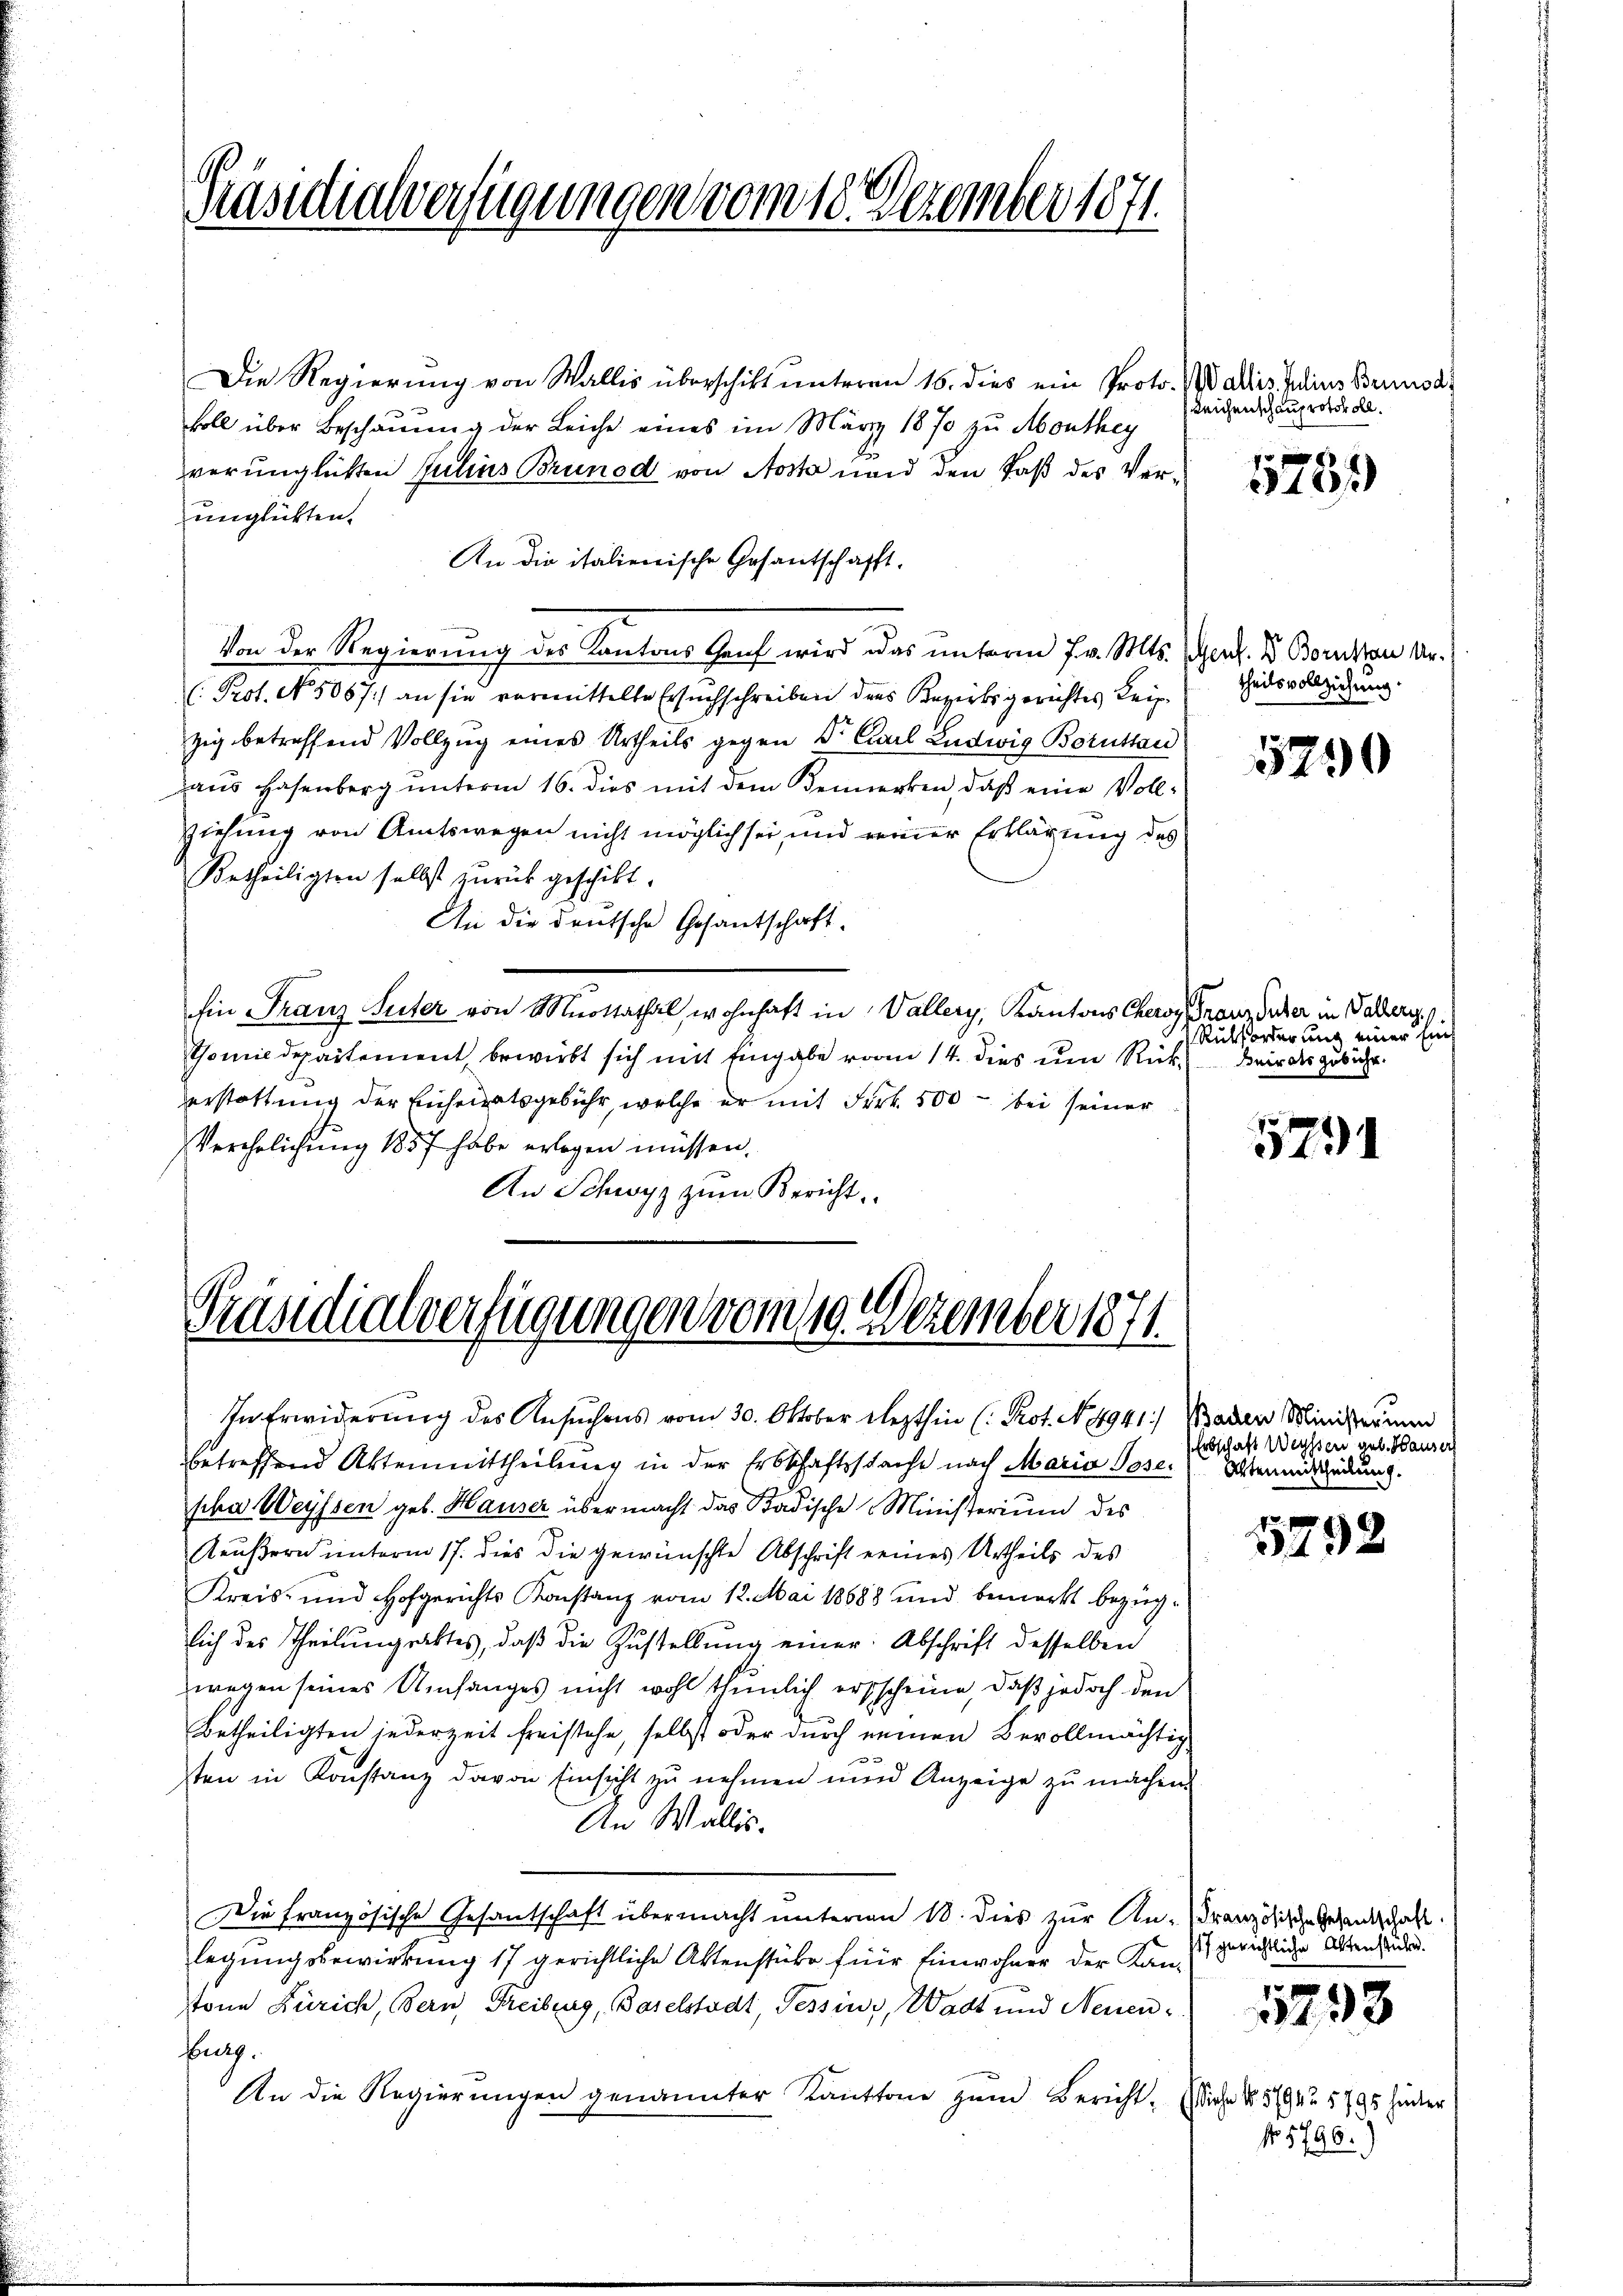
Masidialverfügungen vom 18. Dezember 1871.

Die Regierung von Wallis überschikt unteren 16. dies ein Proto. Wallis Julius Berusa
koll über Beschauung der Leiche eines im März 1870 zu Monthey
verünglichten Julius Brunod von Aosta und den Paß des Verunglückten.
An die italienische Gesantschafft.
Von der Regierung des Kantons Graf wird das unterm 7. v. Mts. Ges. S. Bornsten ver¬
(Prot. No. 50671) an sie vormittelte Ersuchschreiben des Bezirksgerichtes Leipzig betreffend Vollzug eines Urtheils gegen Dr. Carl Ludwig Boruttan
aus Hasenberg unterm 16. dies mit dem Venerken, daß eine Vollziehung von Amtswegen nicht möglich sei, und reiner Erklärung des
Urtheiligten selbst zurück geschickt.
An die deutsche Gesantschaft.
Ein Franz Seiter von Mottathal, wohnhaft in Vallery, Kantons Chero Franz Suter in Palers.
Tomiedepartement bewirbt sich mit Eingabe vom 14. dies um Rückerstattung der Eichenratsgebühr, welche er mit Frk. 500 — bei seiner
Verehelichung 1857 habe erlegen müssen.
An Schwyz zŭm Bericht

Präsidialverfügungen vom 10. Dezember 1871.

In Erwiderung des Ansuchens vom 30. Oktober lezthin (: Prot. N. 4941:/ Baden Minister und

Leichenschauprotokoll.

betreffend Aktenmittheilung in der Erbschaftssache nach Maria Pose. Wermeidung.
pha Weyssen geb. Hauser übermacht das Badische Ministerium des
Aeußern unterm 17. dies die gewünschte Abschrift eines Urtheils des
Kreis- und Hofgerichts Konstanz vom 12. Mai 18688 und bemerkt bezügsich des Theilungsaktes, daβ die Zustellung einer Abschrift desselben
wegen seines Umfanges nicht wohl thunlich erschcheine, daß jedoch den
Betheiligten jederzeit freistehe, selbst oder durch neinen Bevollmächtig
e
sten in Konstanz davon Einsicht zu nehmen und Anzeige zu machen.
An Wallis,
Die französische Gesantschaft übermacht unterm 18. dies zur An-Französische Gesandschaft.
legungsbewirkung 17 gerichtliche Aktenstüke für Einwohner der Kanston Zürich, Bern, Freiburg, Baselstadt, Tessins, Wadt und Neuen
Burg.
An die Regierŭngen genannter Kantone zŭm Bericht. Ei

f xx
46/

theilsvollziehung.

5290

Rutforderung einer Einf
Beirats gebüche.

5791

Erbschaft Weyssen geb. Hauser

3192

17 gerichtliche Aktenstube.

1798

che No. 57942. 5795 hinter
No 1796.)